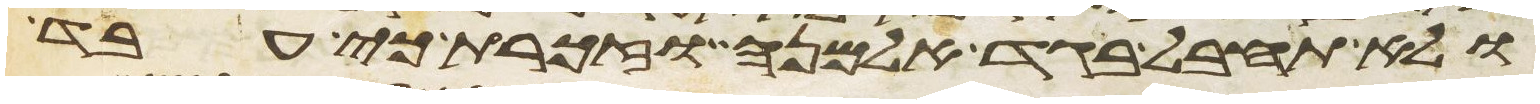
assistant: ולא תחבל בגד אלמנה וזכרת כי עבד